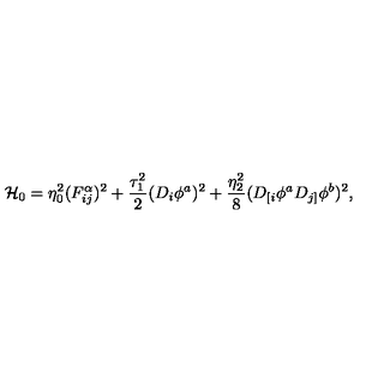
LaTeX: { \cal H } _ { 0 } = \eta _ { 0 } ^ { 2 } ( F _ { i j } ^ { \alpha } ) ^ { 2 } + \frac { \tau _ { 1 } ^ { 2 } } { 2 } ( D _ { i } \phi ^ { a } ) ^ { 2 } + \frac { \eta _ { 2 } ^ { 2 } } { 8 } ( D _ { [ i } \phi ^ { a } D _ { j ] } \phi ^ { b } ) ^ { 2 } ,